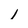
Character: 1